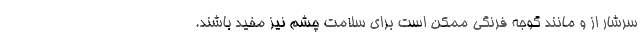
سرشار از و مانند گوجه فرنگی ممکن است برای سلامت چشم نیز مفید باشند.